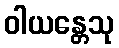
ဝါယန္တေသု